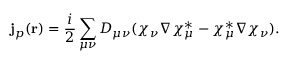
\mathbf { j } _ { p } ^ { } ( \mathbf { r } ) = \frac { i } { 2 } \sum _ { \mu \nu } D _ { \mu \nu } ^ { } ( \chi _ { \nu } ^ { } \nabla \chi _ { \mu } ^ { * } - \chi _ { \mu } ^ { * } \nabla \chi _ { \nu } ^ { } ) .